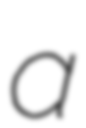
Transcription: a